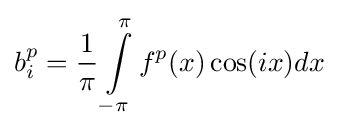
b_{i}^{p}={\frac {1}{\pi }}\int \limits _{-\pi }^{\pi }f^{p}(x)\cos(ix)dx